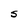
Character: S